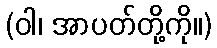
(ဝါ၊ အာပတ်တို့ကို။)